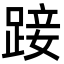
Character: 踥